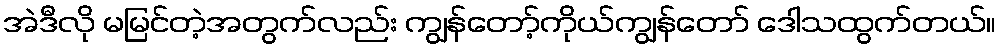
အဲဒီလို မမြင်တဲ့အတွက်လည်း ကျွန်တော့်ကိုယ်ကျွန်တော် ဒေါသထွက်တယ်။